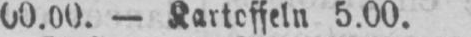
00.00. - Kartoffeln 5.00.